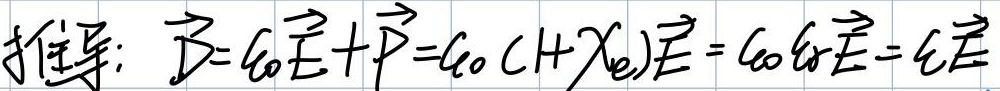
证明：\(f(3)=f(3\times1)=f((2 + 1)\times1)=f + f(3)=f\)